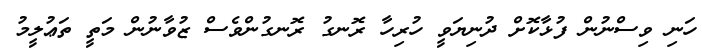
ހަނި ވިސްނުން ފުޅާކޮށް ދުނިޔަވީ ހުރިހާ ރޮނގު ރޮނގުންވެސް ޒުވާނުން މަތީ ތަޢުލީމު